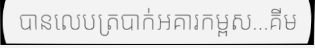
បានលេបត្របាក់អគារកម្ពស...គីម